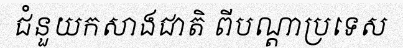
ជំនួយកសាងជាតិ ពីបណ្តាប្រទេស